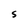
Character: S